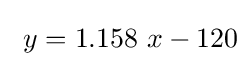
\ y=1.158\ x-120